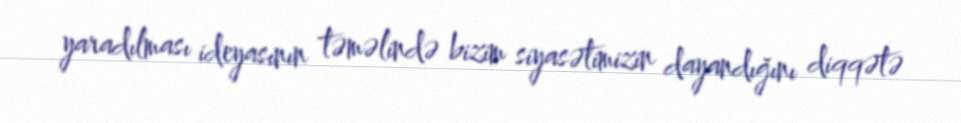
yaradılması ideyasının təməlində bizim siyasətimizin dayandığını diqqətə